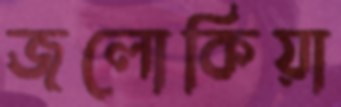
জলোকিয়া